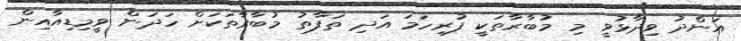
އަންދު ވިދާޅުވީ މި މުބާރާތަކީ ފުރިހަމަ އަދި ތަފާތު މުބާރާތަކަށް ހަދަން ވީމިޑިއާއިން